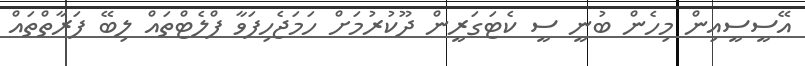
އޭސީސީއިން މިހެން ބުނީ ސީ ކެޓަގަރީން ދޫކުރުމަށް ހަމަޖެހިފަވާ ފްލެޓްތައް ލިބޭ ފަރާތްތައް